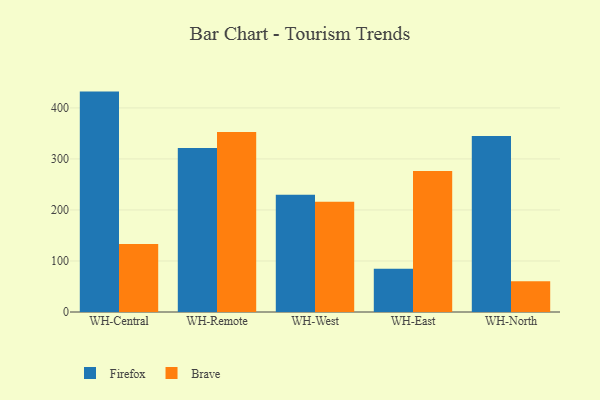
{"axis": {"x": "Warehouse", "y": "Headcount"}, "legend": ["Brave", "Firefox"], "data": [{"x": "WH-Central", "y": 432.0, "type": "Firefox"}, {"x": "WH-Central", "y": 133.4, "type": "Brave"}, {"x": "WH-Remote", "y": 321.4, "type": "Firefox"}, {"x": "WH-Remote", "y": 352.9, "type": "Brave"}, {"x": "WH-West", "y": 229.9, "type": "Firefox"}, {"x": "WH-West", "y": 215.9, "type": "Brave"}, {"x": "WH-East", "y": 85.0, "type": "Firefox"}, {"x": "WH-East", "y": 276.2, "type": "Brave"}, {"x": "WH-North", "y": 345.0, "type": "Firefox"}, {"x": "WH-North", "y": 60.2, "type": "Brave"}]}